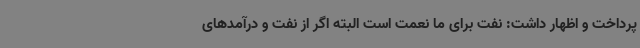
پرداخت و اظهار داشت: نفت برای ما نعمت است البته اگر از نفت و درآمدهای